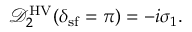
\begin{array} { r } { \mathcal { D } _ { 2 } ^ { \mathrm { H V } } ( \delta _ { \mathrm { s f } } = \pi ) = - i \sigma _ { 1 } . } \end{array}